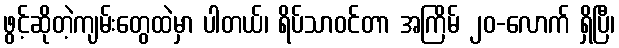
ဖွင့်ဆိုတဲ့ကျမ်းတွေထဲမှာ ပါတယ်၊ ရိပ်သာဝင်တာ အကြိမ် ၂၀-လောက် ရှိပြီ၊